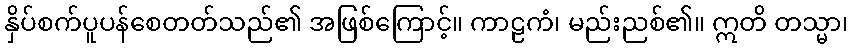
နှိပ်စက်ပူပန်စေတတ်သည်၏ အဖြစ်ကြောင့်။ ကာဠကံ၊ မည်းညစ်၏။ ဣတိ တသ္မာ၊